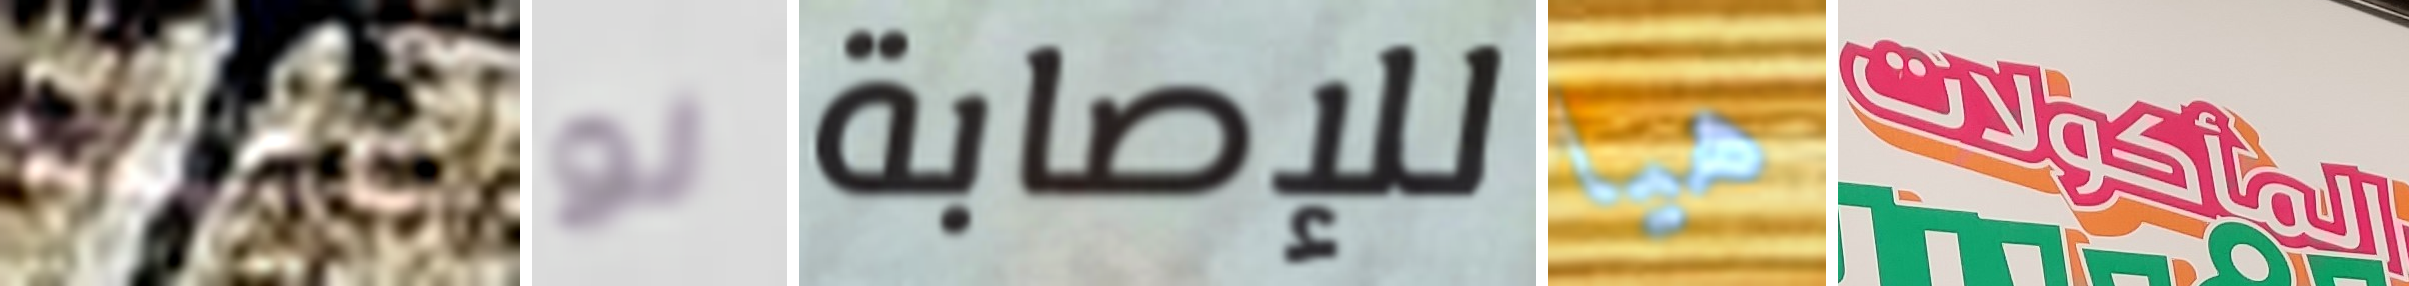
عميقا لو للإصابة هيا المأكولات